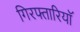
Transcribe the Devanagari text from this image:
गिरफ्तारियॉ